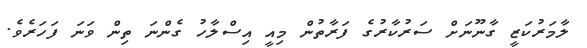
ލާމަރުކަޒީ ގާނޫނަށް ސަރުކާރުގެ ފަރާތުން މިއީ އިސްލާހު ގެންނަ ތިން ވަނަ ފަހަރެވެ.